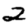
Digit: 2